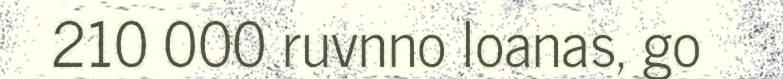
210 000 ruvnno loanas, go